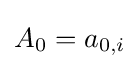
A_{0}=a_{0,i}